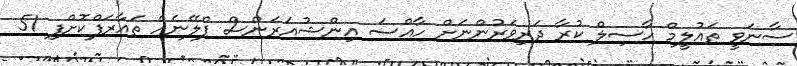
ސާނަވީ ތައުލީމް ހާސިލް ކުރާ ދަރިވަރުންނަށް ހާއްސަ އިންޝުއަރަންސް ޕްލޭނެއް ތައާރަފްކޮށްފި 51